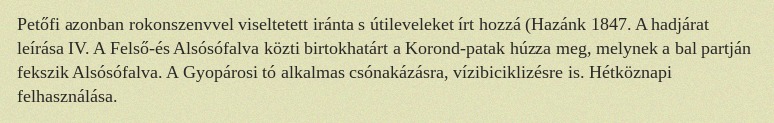
Petőfi azonban rokonszenvvel viseltetett iránta s útileveleket írt hozzá (Hazánk 1847. A hadjárat leírása IV. A Felső-és Alsósófalva közti birtokhatárt a Korond-patak húzza meg, melynek a bal partján fekszik Alsósófalva. A Gyopárosi tó alkalmas csónakázásra, vízibiciklizésre is. Hétköznapi felhasználása.